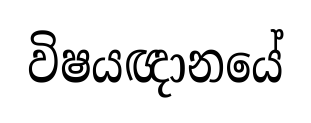
විෂයඥානයේ